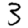
Digit: 3